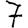
Digit: 7